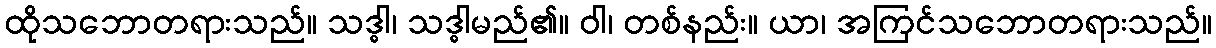
ထိုသဘောတရားသည်။ သဒ္ဓါ၊ သဒ္ဓါမည်၏။ ဝါ၊ တစ်နည်း။ ယာ၊ အကြင်သဘောတရားသည်။